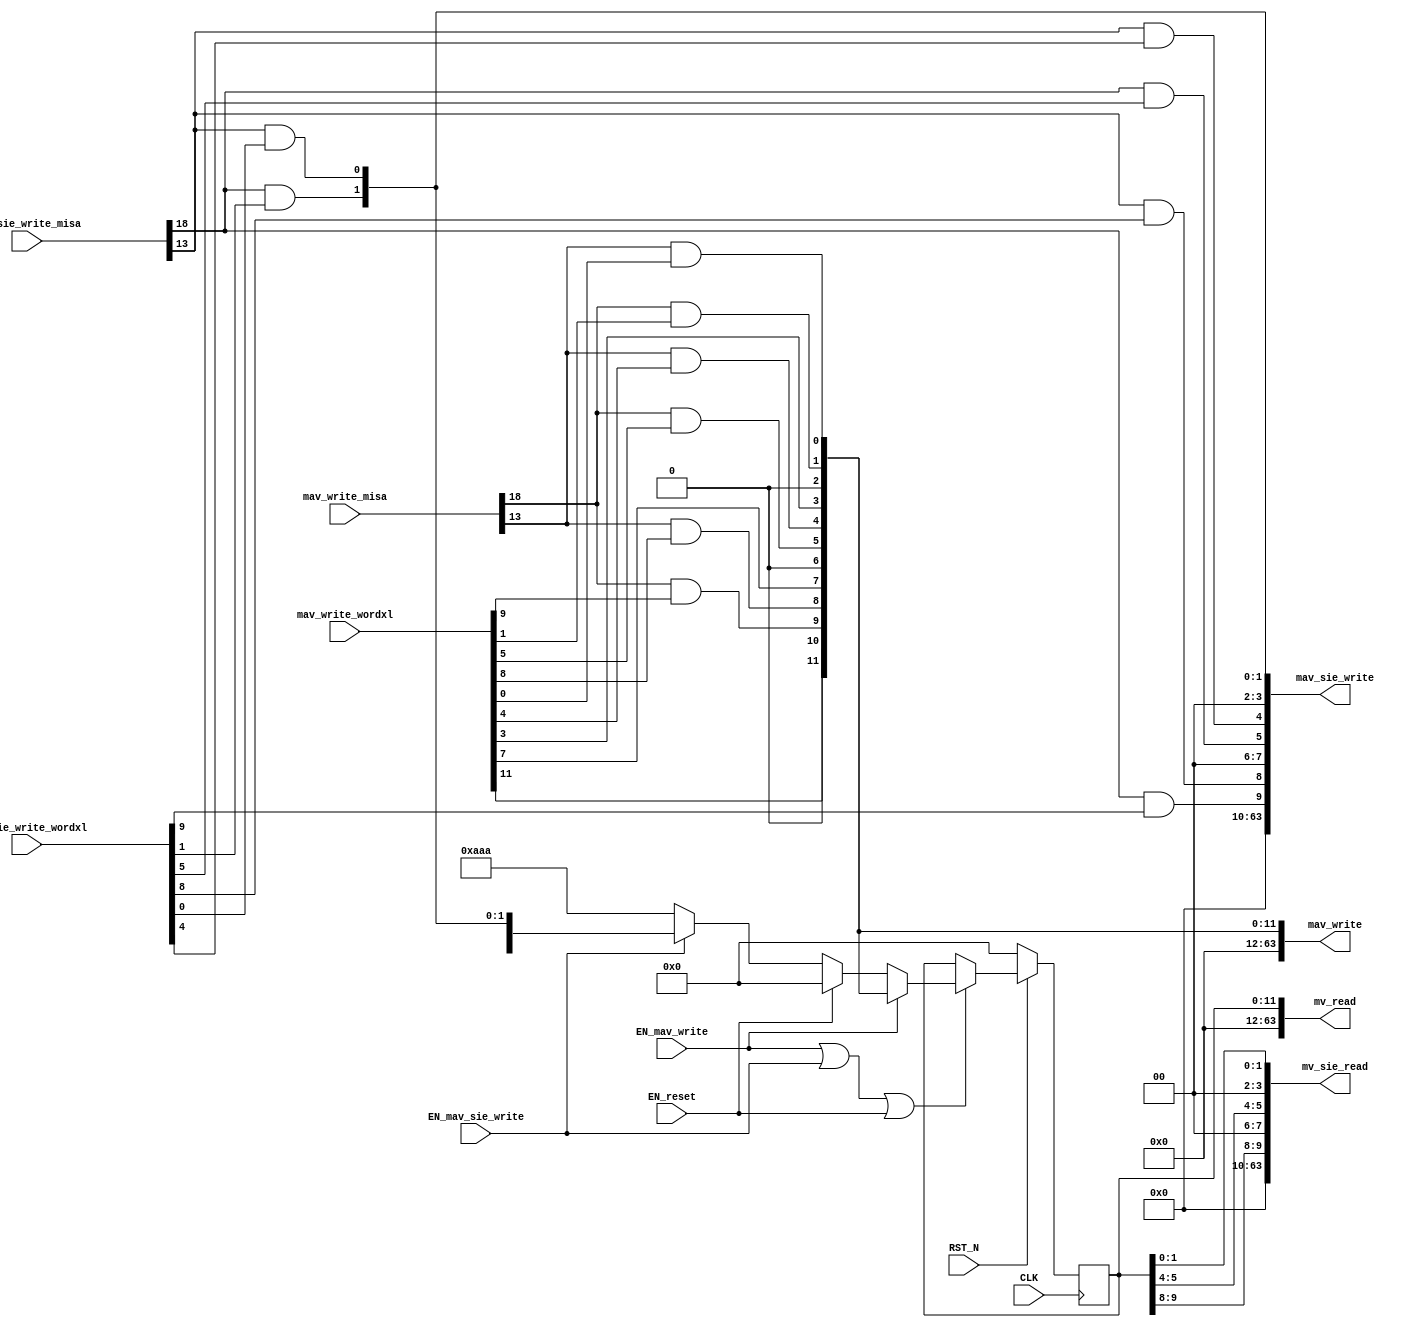
//
// Generated by Bluespec Compiler, version 2019.05.beta2 (build a88bf40db, 2019-05-24)
//
//
//
//
// Ports:
// Name                         I/O  size props
// mv_read                        O    64
// mav_write                      O    64
// mv_sie_read                    O    64
// mav_sie_write                  O    64
// CLK                            I     1 clock
// RST_N                          I     1 reset
// mav_write_misa                 I    28
// mav_write_wordxl               I    64
// mav_sie_write_misa             I    28
// mav_sie_write_wordxl           I    64
// EN_reset                       I     1
// EN_mav_write                   I     1
// EN_mav_sie_write               I     1
//
// Combinational paths from inputs to outputs:
//   (mav_write_misa, mav_write_wordxl) -> mav_write
//   (mav_sie_write_misa, mav_sie_write_wordxl) -> mav_sie_write
//
//

`ifdef BSV_ASSIGNMENT_DELAY
`else
  `define BSV_ASSIGNMENT_DELAY
`endif

`ifdef BSV_POSITIVE_RESET
  `define BSV_RESET_VALUE 1'b1
  `define BSV_RESET_EDGE posedge
`else
  `define BSV_RESET_VALUE 1'b0
  `define BSV_RESET_EDGE negedge
`endif

module mkCSR_MIE(CLK,
		 RST_N,

		 EN_reset,

		 mv_read,

		 mav_write_misa,
		 mav_write_wordxl,
		 EN_mav_write,
		 mav_write,

		 mv_sie_read,

		 mav_sie_write_misa,
		 mav_sie_write_wordxl,
		 EN_mav_sie_write,
		 mav_sie_write);
  input  CLK;
  input  RST_N;

  // action method reset
  input  EN_reset;

  // value method mv_read
  output [63 : 0] mv_read;

  // actionvalue method mav_write
  input  [27 : 0] mav_write_misa;
  input  [63 : 0] mav_write_wordxl;
  input  EN_mav_write;
  output [63 : 0] mav_write;

  // value method mv_sie_read
  output [63 : 0] mv_sie_read;

  // actionvalue method mav_sie_write
  input  [27 : 0] mav_sie_write_misa;
  input  [63 : 0] mav_sie_write_wordxl;
  input  EN_mav_sie_write;
  output [63 : 0] mav_sie_write;

  // signals for module outputs
  wire [63 : 0] mav_sie_write, mav_write, mv_read, mv_sie_read;

  // register rg_mie
  reg [11 : 0] rg_mie;
  reg [11 : 0] rg_mie$D_IN;
  wire rg_mie$EN;

  // rule scheduling signals
  wire CAN_FIRE_mav_sie_write,
       CAN_FIRE_mav_write,
       CAN_FIRE_reset,
       WILL_FIRE_mav_sie_write,
       WILL_FIRE_mav_write,
       WILL_FIRE_reset;

  // inputs to muxes for submodule ports
  wire [11 : 0] MUX_rg_mie$write_1__VAL_3;

  // remaining internal signals
  wire [11 : 0] mie__h92, x__h458, x__h883;
  wire seie__h123,
       seie__h544,
       ssie__h117,
       ssie__h538,
       stie__h120,
       stie__h541,
       ueie__h122,
       ueie__h543,
       usie__h116,
       usie__h537,
       utie__h119,
       utie__h540;

  // action method reset
  assign CAN_FIRE_reset = 1'd1 ;
  assign WILL_FIRE_reset = EN_reset ;

  // value method mv_read
  assign mv_read = { 52'd0, rg_mie } ;

  // actionvalue method mav_write
  assign mav_write = { 52'd0, mie__h92 } ;
  assign CAN_FIRE_mav_write = 1'd1 ;
  assign WILL_FIRE_mav_write = EN_mav_write ;

  // value method mv_sie_read
  assign mv_sie_read = { 52'd0, x__h458 } ;

  // actionvalue method mav_sie_write
  assign mav_sie_write = { 52'd0, x__h883 } ;
  assign CAN_FIRE_mav_sie_write = 1'd1 ;
  assign WILL_FIRE_mav_sie_write = EN_mav_sie_write ;

  // inputs to muxes for submodule ports
  assign MUX_rg_mie$write_1__VAL_3 =
	     { rg_mie[11],
	       1'b0,
	       seie__h544,
	       ueie__h543,
	       rg_mie[7],
	       1'b0,
	       stie__h541,
	       utie__h540,
	       rg_mie[3],
	       1'b0,
	       ssie__h538,
	       usie__h537 } ;

  // register rg_mie
  always@(EN_mav_write or
	  mie__h92 or
	  EN_reset or EN_mav_sie_write or MUX_rg_mie$write_1__VAL_3)
  case (1'b1)
    EN_mav_write: rg_mie$D_IN = mie__h92;
    EN_reset: rg_mie$D_IN = 12'd0;
    EN_mav_sie_write: rg_mie$D_IN = MUX_rg_mie$write_1__VAL_3;
    default: rg_mie$D_IN = 12'b101010101010 /* unspecified value */ ;
  endcase
  assign rg_mie$EN = EN_mav_write || EN_mav_sie_write || EN_reset ;

  // remaining internal signals
  assign mie__h92 =
	     { mav_write_wordxl[11],
	       1'b0,
	       seie__h123,
	       ueie__h122,
	       mav_write_wordxl[7],
	       1'b0,
	       stie__h120,
	       utie__h119,
	       mav_write_wordxl[3],
	       1'b0,
	       ssie__h117,
	       usie__h116 } ;
  assign seie__h123 = mav_write_misa[18] && mav_write_wordxl[9] ;
  assign seie__h544 = mav_sie_write_misa[18] && mav_sie_write_wordxl[9] ;
  assign ssie__h117 = mav_write_misa[18] && mav_write_wordxl[1] ;
  assign ssie__h538 = mav_sie_write_misa[18] && mav_sie_write_wordxl[1] ;
  assign stie__h120 = mav_write_misa[18] && mav_write_wordxl[5] ;
  assign stie__h541 = mav_sie_write_misa[18] && mav_sie_write_wordxl[5] ;
  assign ueie__h122 = mav_write_misa[13] && mav_write_wordxl[8] ;
  assign ueie__h543 = mav_sie_write_misa[13] && mav_sie_write_wordxl[8] ;
  assign usie__h116 = mav_write_misa[13] && mav_write_wordxl[0] ;
  assign usie__h537 = mav_sie_write_misa[13] && mav_sie_write_wordxl[0] ;
  assign utie__h119 = mav_write_misa[13] && mav_write_wordxl[4] ;
  assign utie__h540 = mav_sie_write_misa[13] && mav_sie_write_wordxl[4] ;
  assign x__h458 =
	     { 2'd0, rg_mie[9:8], 2'd0, rg_mie[5:4], 2'd0, rg_mie[1:0] } ;
  assign x__h883 =
	     { 2'd0,
	       seie__h544,
	       ueie__h543,
	       2'd0,
	       stie__h541,
	       utie__h540,
	       2'd0,
	       ssie__h538,
	       usie__h537 } ;

  // handling of inlined registers

  always@(posedge CLK)
  begin
    if (RST_N == `BSV_RESET_VALUE)
      begin
        rg_mie <= `BSV_ASSIGNMENT_DELAY 12'd0;
      end
    else
      begin
        if (rg_mie$EN) rg_mie <= `BSV_ASSIGNMENT_DELAY rg_mie$D_IN;
      end
  end

  // synopsys translate_off
  `ifdef BSV_NO_INITIAL_BLOCKS
  `else // not BSV_NO_INITIAL_BLOCKS
  initial
  begin
    rg_mie = 12'hAAA;
  end
  `endif // BSV_NO_INITIAL_BLOCKS
  // synopsys translate_on
endmodule  // mkCSR_MIE